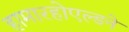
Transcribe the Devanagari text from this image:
हामारहोएल्डने